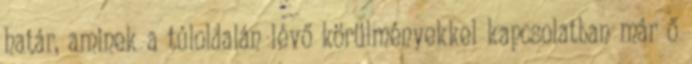
határ, aminek a túloldalán lévő körülményekkel kapcsolatban már ő